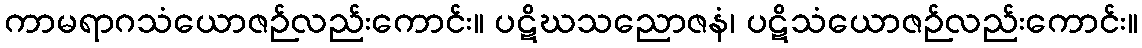
ကာမရာဂသံယောဇဉ်လည်းကောင်း။ ပဋိဃသညောဇနံ၊ ပဋိသံယောဇဉ်လည်းကောင်း။